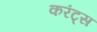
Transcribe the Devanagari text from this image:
करंट्स